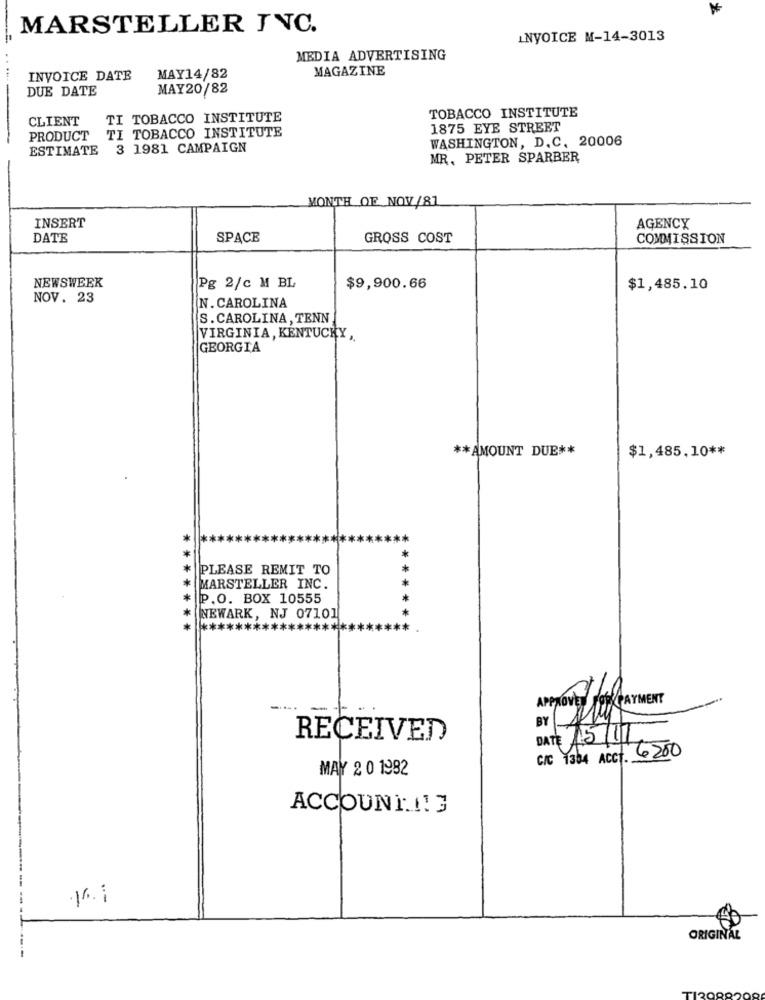
MARSTELLER INC.
INVOICE M-14-3013
MEDIA ADVERTISING
MAGAZINE
INVOICE DATE
MAY14/82
DUE DATE
MAY20/82
TOBACCO INSTITUTE
CLIENT
TI TOBACCO INSTITUTE
TI TOBACCO INSTITUTE
1875 EYE STREET
PRODUCT
WASHINGTON, D.C. 20006
ESTIMATE
3 1981 CAMPAIGN
MR, PETER SPARBER
MONTH OF NOV/81
INSERT
AGENCY
DATE
SPACE
GROSS COST
COMMISSION
NEWSWEEK
Pg 2/c M BL
$9,900.66
$1,485.10
NOV. 23
N. CAROLINA
S. CAROLINA, TENN
VIRGINIA, KENTUCKY ,
GEORGIA
** AMOUNT DUE **
$1,485,10 **
PLEASE REMIT TO
** *
MARSTELLER INC.
P.O. BOX 10555
NEWARK, NJ 07101
APPROVED FORPAYMENT
BY
A
RECEIVED
DATE 15/11
C/C 1364 AcCT. 200
MAY 2 0 1982
ACCOUNT !! G
16.1
ORIGINAL